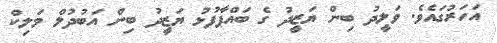
އަހަރުގައެވެ. ވަލީދު ބިން ޔަޒީދު ގެ ބައްޕާފުޅު ޔަޒީދު ބިން އަބުދުލް މަލިކް